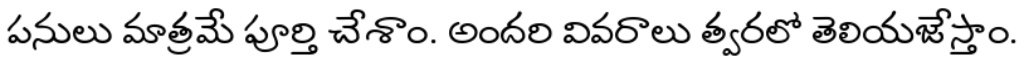
పనులు మాత్రమే పూర్తి చేశాం. అందరి వివరాలు త్వరలో తెలియజేస్తాం.